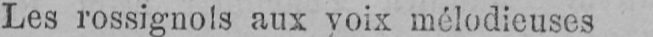
Les rossignols aux voix mélodieuses